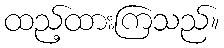
ထည့်ထားကြသည်။